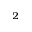
^ { 2 }